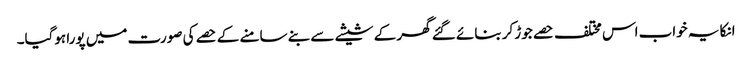
انکا یہ خواب اس مختلف حصے جوڑ کر بنائے گئے گھر کے شیشے سے بنے سامنے کے حصے کی صورت میں پورا ہوگیا۔